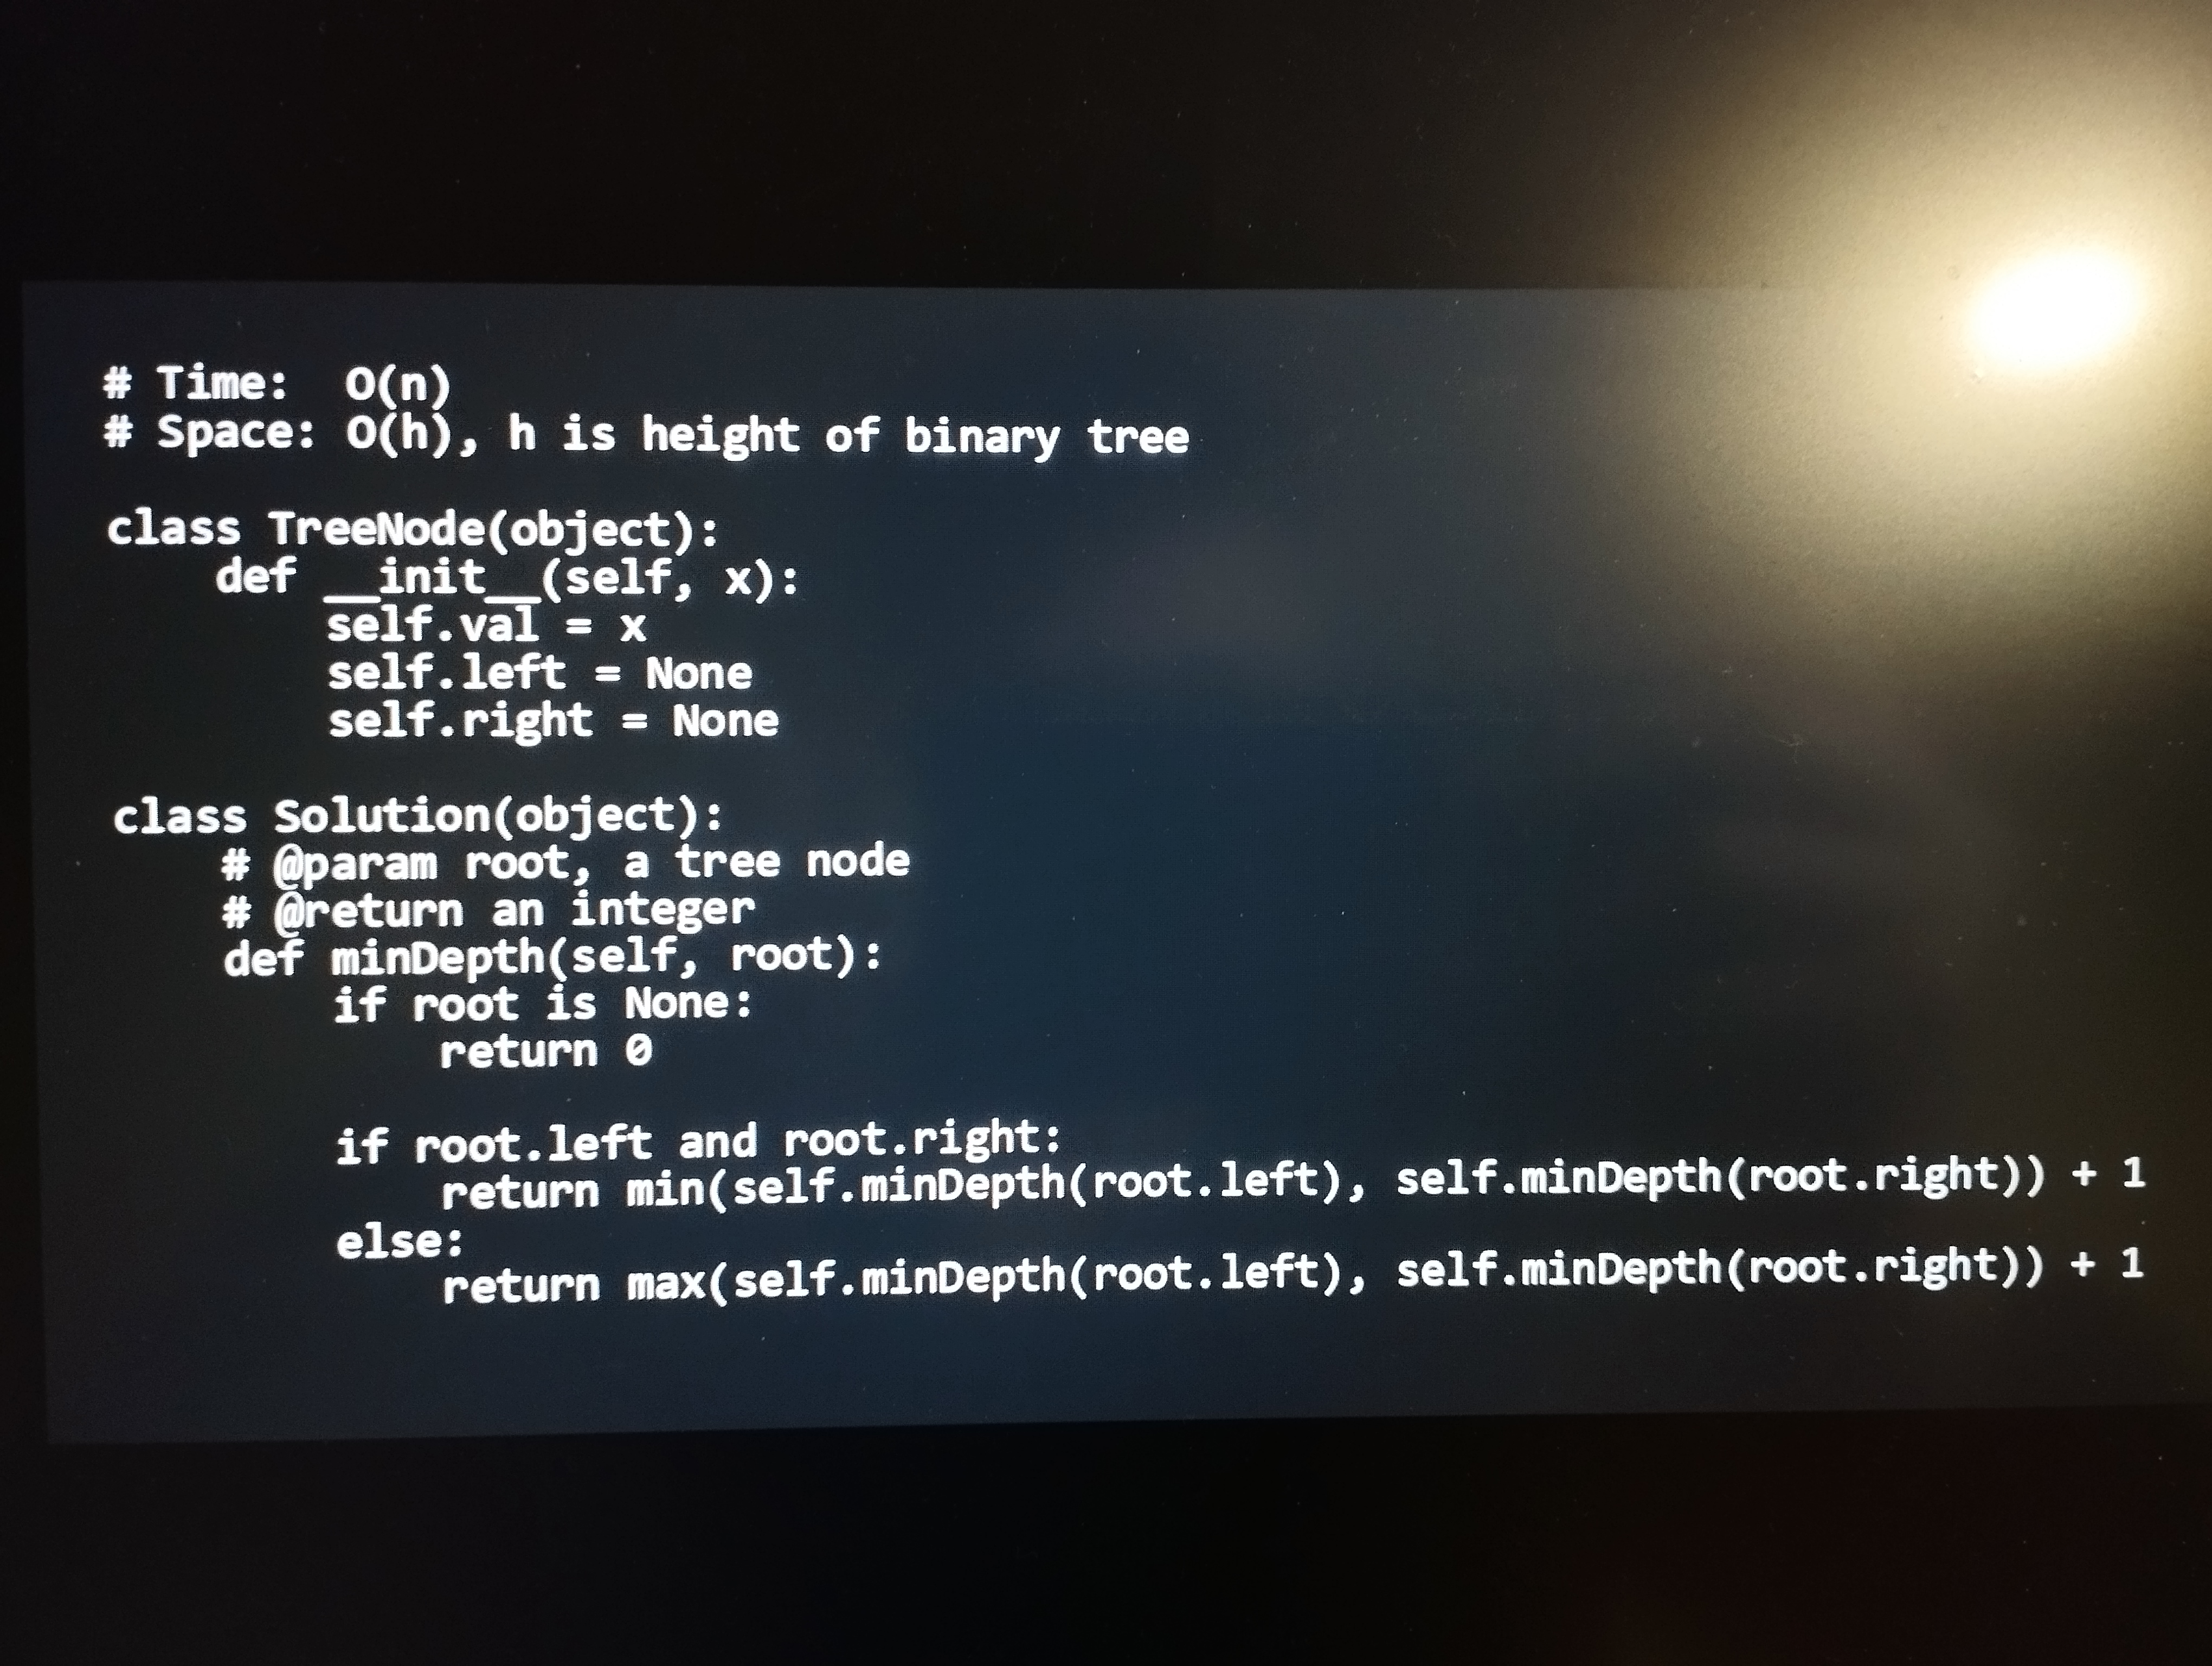
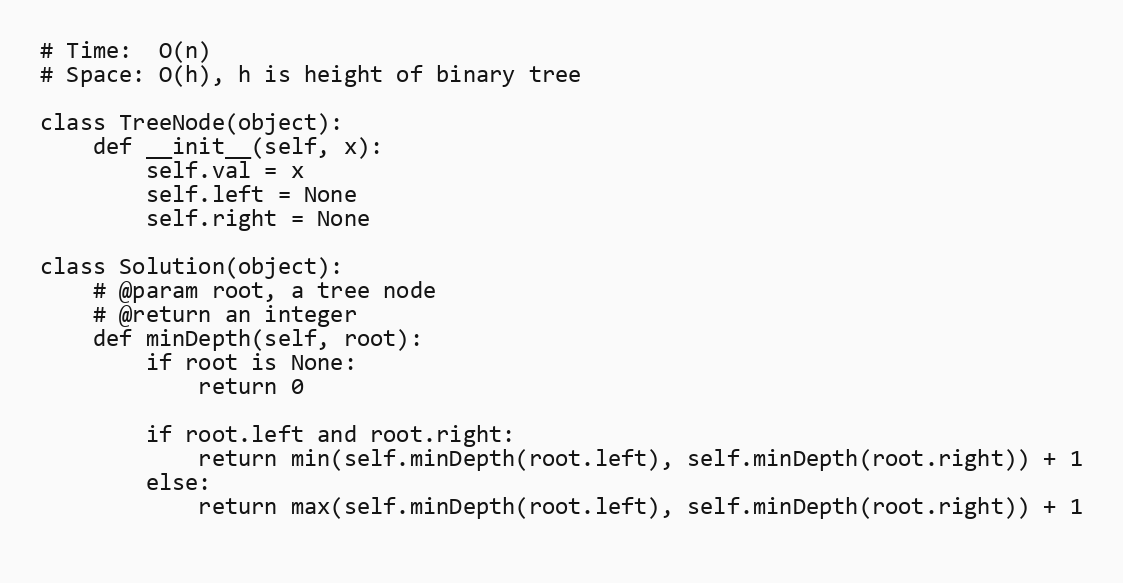
# Time:  O(n)
# Space: O(h), h is height of binary tree

class TreeNode(object):
    def __init__(self, x):
        self.val = x
        self.left = None
        self.right = None

class Solution(object):
    # @param root, a tree node
    # @return an integer
    def minDepth(self, root):
        if root is None:
            return 0

        if root.left and root.right:
            return min(self.minDepth(root.left), self.minDepth(root.right)) + 1
        else:
            return max(self.minDepth(root.left), self.minDepth(root.right)) + 1